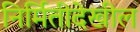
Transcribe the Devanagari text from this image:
निर्मितीदेखील